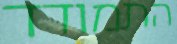
התמודד